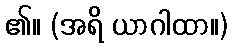
၏။ (အရိ ယာဂါထာ။)